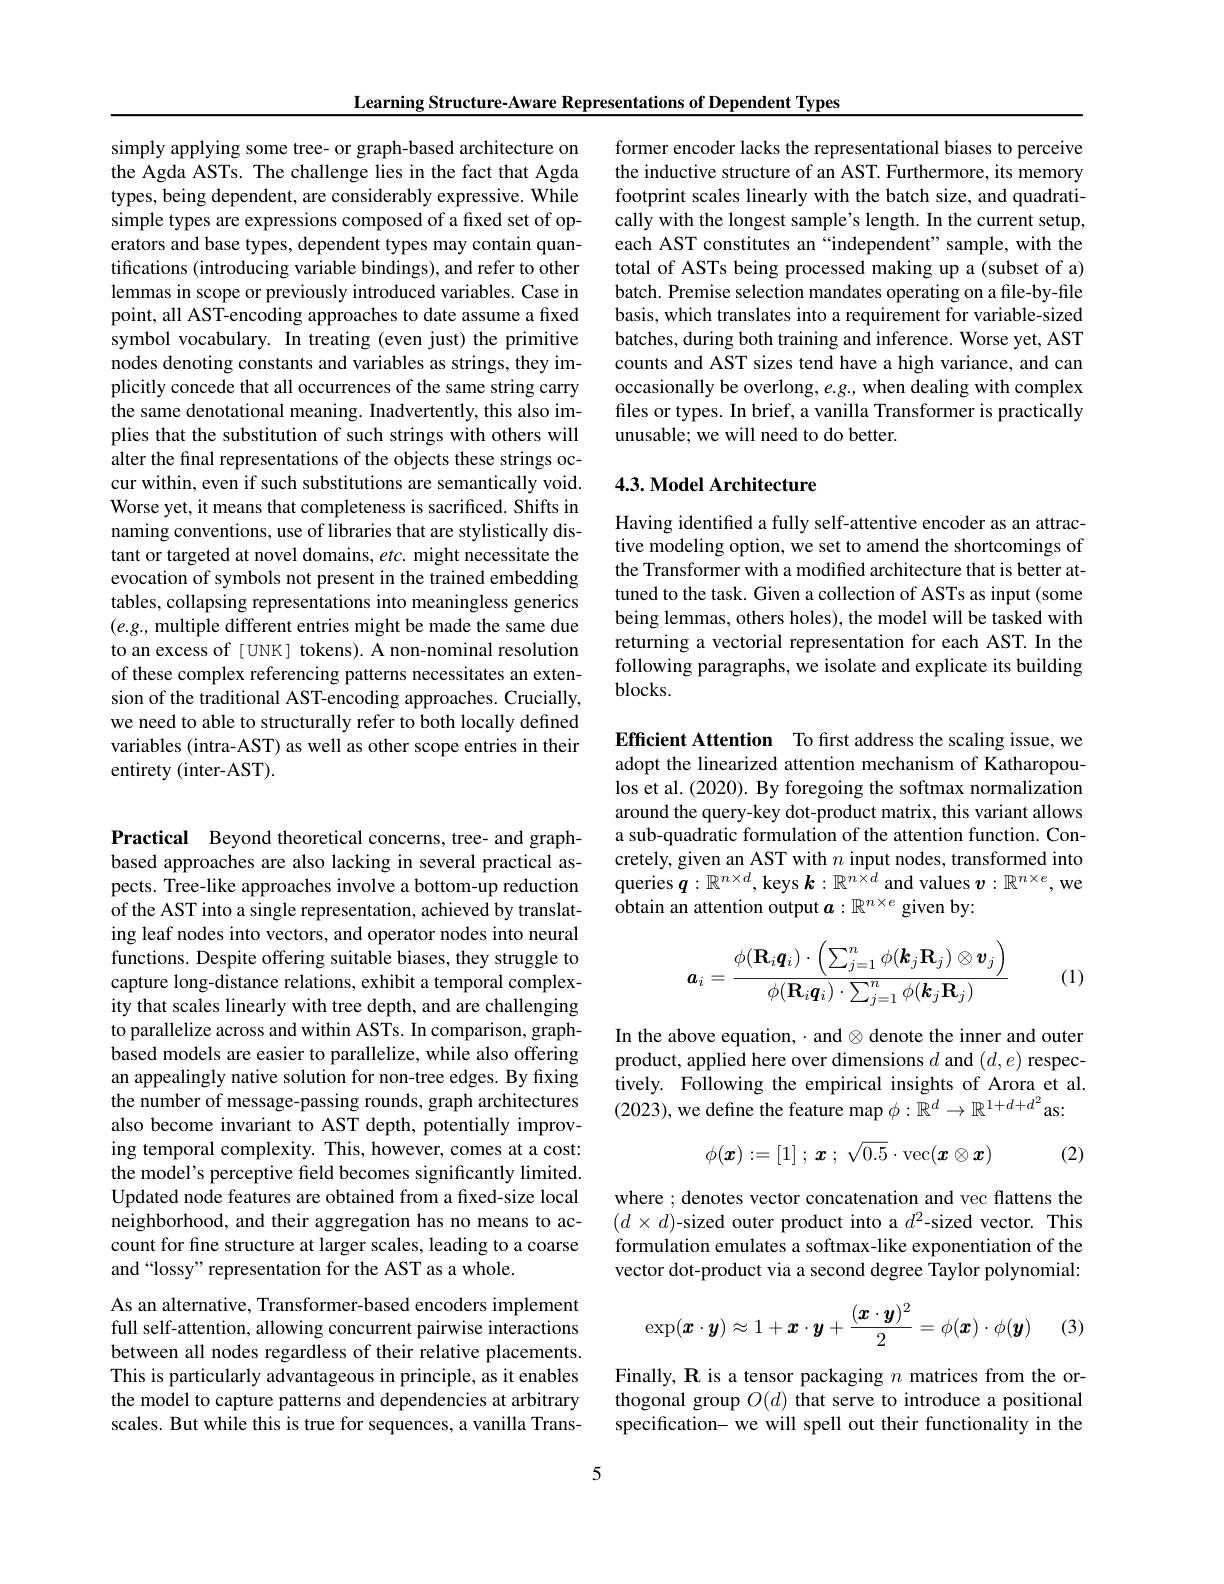
Learning Structure-Aware Representations of Dependent Types

simply applying some tree- or graph-based architecture on the Agda ASTs. The challenge lies in the fact that Agda types, being dependent, are considerably expressive. While simple types are expressions composed of a fixed set of operators and base types, dependent types may contain quantifications (introducing variable bindings), and refer to other lemmas in scope or previously introduced variables. Case in point, all AST-encoding approaches to date assume a fixed symbol vocabulary. In treating (even just) the primitive nodes denoting constants and variables as strings, they implicitly concede that all occurrences of the same string carry the same denotational meaning. Inadvertently, this also implies that the substitution of such strings with others will alter the final representations of the objects these strings occur within, even if such substitutions are semantically void. Worse yet, it means that completeness is sacrificed. Shifts in naming conventions, use of libraries that are stylistically distant or targeted at novel domains, etc. might necessitate the evocation of symbols not present in the trained embedding tables, collapsing representations into meaningless generics $(e.g.$, multiple different entries might be made the same due to an excess of tokens). A non-nominal resolution of these complex referencing patterns necessitates an extension of the traditional AST-encoding approaches. Crucially, we need to able to structurally refer to both locally defined variables (intra-AST) as well as other scope entries in their entirety (inter-AST).

Practical Beyond theoretical concerns, tree- and graphbased approaches are also lacking in several practical aspects. Tree-like approaches involve a bottom-up reduction of the AST into a single representation, achieved by translating leaf nodes into vectors, and operator nodes into neural functions. Despite offering suitable biases, they struggle to capture long-distance relations, exhibit a temporal complexity that scales linearly with tree depth, and are challenging to parallelize across and within ASTs. In comparison, graphbased models are easier to parallelize, while also offering an appealingly native solution for non-tree edges. By fixing the number of message-passing rounds, graph architectures also become invariant to AST depth, potentially improving temporal complexity. This, however, comes at a cost: the model's perceptive field becomes significantly limited. Updated node features are obtained from a fixed-size local neighborhood, and their aggregation has no means to account for fine structure at larger scales, leading to a coarse and“lossy” representation for the AST as a whole.
As an alternative, Transformer-based encoders implement full self-attention, allowing concurrent pairwise interactions between all nodes regardless of their relative placements. This is particularly advantageous in principle, as it enables the model to capture patterns and dependencies at arbitrary scales. But while this is true for sequences, a vanilla Trans-

former encoder lacks the representational biases to perceive the inductive structure of an AST. Furthermore, its memory footprint scales linearly with the batch size, and quadratically with the longest sample's length. In the current setup, each AST constitutes an “independent”sample, with the total of ASTs being processed making up a (subset of a) batch. Premise selection mandates operating on a file-by-file basis, which translates into a requirement for variable-sized batches, during both training and inference. Worse yet, AST counts and AST sizes tend have a high variance, and can occasionally be overlong, $e.g.$, when dealing with complex files or types. In brief, a vanilla Transformer is practically unusable; we will need to do better.

## 4.3. Model Architecture

Having identified a fully self-attentive encoder as an attractive modeling option, we set to amend the shortcomings of the Transformer with a modified architecture that is better attuned to the task. Given a collection of ASTs as input (some being lemmas, others holes), the model will be tasked with returning a vectorial representation for each AST. In the following paragraphs, we isolate and explicate its building $blocks.$

Efficient Attention To first address the scaling issue, we adopt the linearized attention mechanism of Katharopoulos et al. (2020). By foregoing the softmax normalization around the query-key dot-product matrix, this variant allows a sub-quadratic formulation of the attention function. Concretely, given an AST with $n$ input nodes, transformed into queries $\boldsymbol{q}:\mathbb{R}^n\times d$, keys $\boldsymbol{k}:\mathbb{R}^n\bar{\times d}$ and values $\boldsymbol{v}:\mathbb{R}^n\times e$,we obtain an attention output $\boldsymbol a:\mathbb{R}^{n\times e}$ given by:
$$\boldsymbol{a}_i=\frac{\phi(\mathbf{R}_i\boldsymbol{q}_i)\cdot\left(\sum_{j=1}^n\phi(\boldsymbol{k}_j\mathbf{R}_j)\otimes\boldsymbol{v}_j\right)}{\phi(\mathbf{R}_i\boldsymbol{q}_i)\cdot\sum_{j=1}^n\phi(\boldsymbol{k}_j\mathbf{R}_j)}$$
(1)

In the above equation, $\cdot$ and $\otimes$ denote the inner and outer product, applied here over dimensions $d$ and $(d,e)$ respectively. Following the empirical insights of Arora et al. (2023),we define the feature map $\phi:\mathbb{R}^d\to\mathbb{R}^1+d+d^2$as:
$$\phi(\boldsymbol{x}):=[1]\:;\:\boldsymbol{x}\:;\:\sqrt{0.5}\cdot\mathrm{vec}(\boldsymbol{x}\otimes\boldsymbol{x})$$
(2)

where ; denotes vector concatenation and vec flattens the $(d\times d)$-sized outer product into a $d^2$-sized vector. This formulation emulates a softmax-like exponentiation of the vector dot-product via a second degree Taylor polynomial:
$$\exp(\boldsymbol{x}\cdot\boldsymbol{y})\approx1+\boldsymbol{x}\cdot\boldsymbol{y}+\frac{(\boldsymbol{x}\cdot\boldsymbol{y})^2}2=\phi(\boldsymbol{x})\cdot\phi(\boldsymbol{y})$$
(3)

Finally, R is a tensor packaging $n$ matrices from the orthogonal group $O(d)$ that serve to introduce a positional specification- we will spell out their functionality in the

5